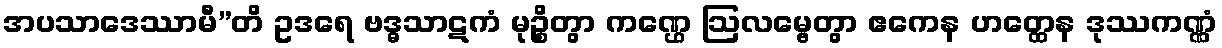
အပသာဒေဿာမီ”တိ ဥဒရေ ဗဒ္ဓသာဋကံ မုဉ္စိတွာ ကဏ္ဌေ ဩလမ္ဗေတွာ ဧကေန ဟတ္ထေန ဒုဿကဏ္ဏံ